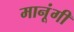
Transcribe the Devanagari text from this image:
मानूंगी